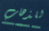
للذهاب